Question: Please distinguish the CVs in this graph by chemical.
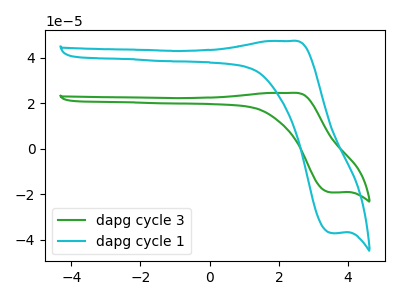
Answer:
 <answer>The green curve is labeled "dapg cycle 3". The cyan curve is labeled "dapg cycle 1".</answer>
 <eval></eval>